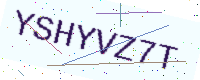
Text: YSHYVZ7T